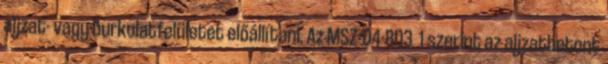
aljzat- vagy burkolatfelületet előállítani. Az MSZ-04-803 1 szerint az aljzatbetont